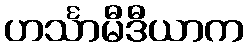
ဟင်္သာမီဒီယာက